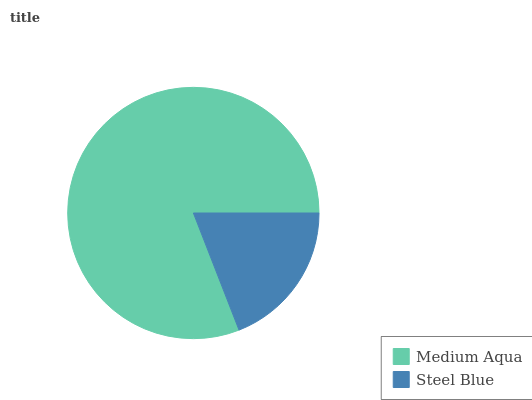
| Medium Aqua | Steel Blue |
 | --- | --- |
 | 80.9% | 19.1% |